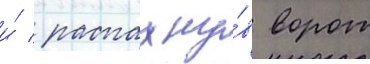
и́ / распахну́в ворот